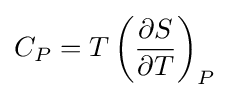
C_{P}=T\left({\frac {\partial S}{\partial T}}\right)_{P}